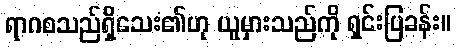
ရာဂစသည်ရှိသေး၏ဟု ယူမှားသည်ကို ရှင်းပြခန်း။